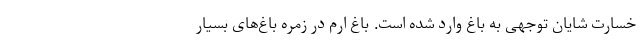
خسارت شایان توجهی به باغ وارد شده است. باغ ارم در زمره باغ‌های بسیار